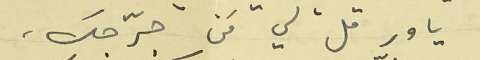
يا ور قلّ لي مَن جرّحك،